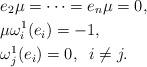
LaTeX: \begin{align*} & e_2\mu=\cdots=e_n \mu=0,\\& \mu\omega^1_i(e_i)=-1,\;\;\\& \omega^1_j(e_i)=0,\;\; i\ne j.\end{align*}